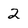
Character: 2